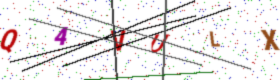
Text: Q4VULX